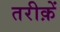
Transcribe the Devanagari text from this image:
तरीक़ें